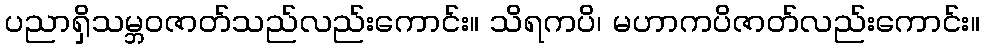
ပညာရှိသမ္ဘဝဇာတ်သည်လည်းကောင်း။ သိရကပိ၊ မဟာကပိဇာတ်လည်းကောင်း။